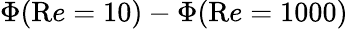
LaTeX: \Phi({\mathrm Re}=10)-\Phi({\mathrm Re}=1000)